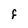
Character: F